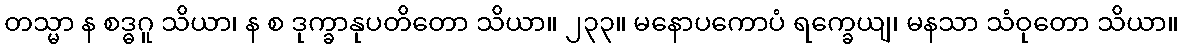
တသ္မာ န စဒ္ဓဂူ သိယာ၊ န စ ဒုက္ခာနုပတိတော သိယာ။ ၂၃၃။ မနောပကောပံ ရက္ခေယျ၊ မနသာ သံဝုတော သိယာ။